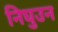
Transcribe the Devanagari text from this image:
निघुउन